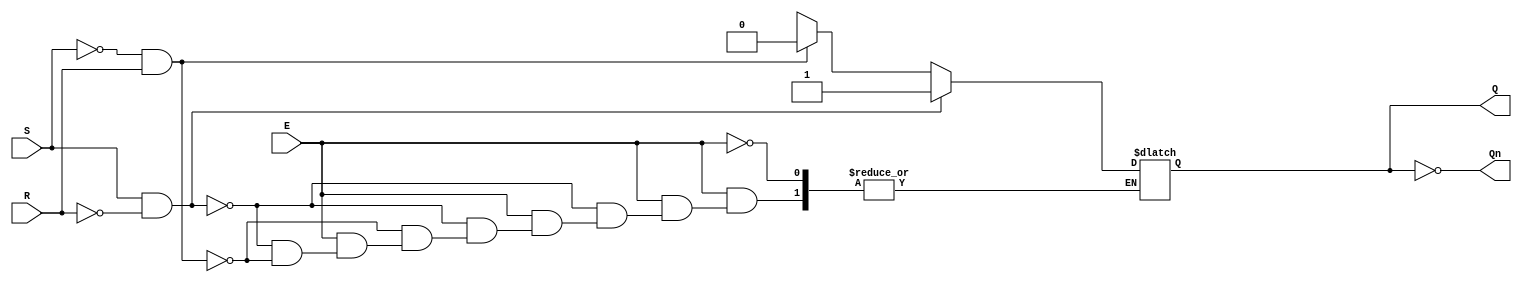
module gated_sr_latch (
    input wire S,    // Set input
    input wire R,    // Reset input
    input wire E,    // Enable input
    output reg Q,    // Output Q
    output wire Qn   // Complementary output Q'
);

// Assign the complementary output Q'
assign Qn = ~Q;

// Always block to handle the latch behavior
always @(*) begin
    if (E) begin
        // When Enable is high, respond to Set and Reset inputs
        if (S && !R) begin
            Q = 1'b1; // Set Q to 1
        end else if (!S && R) begin
            Q = 1'b0; // Reset Q to 0
        end else if (!S && !R) begin
            // Hold state, retain Q
            Q = Q; // No change
        end else begin
            // Invalid condition (S=1, R=1), we can choose to hold or set to a defined state
            // Here we choose to hold the previous state, can also assign a default state if needed.
            Q = Q; // Hold current state (implementation dependent)
        end
    end
    // When E is low, retain current state
end

endmodule